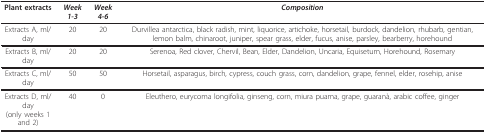
<table><thead><tr><td><b>Plant extracts</b></td><td><b><i>Week 1-3</i></b></td><td><b><i>Week 4-6</i></b></td><td><b><i>Composition</i></b></td></tr></thead><tbody><tr><td>Extracts A, ml/day</td><td>20</td><td>20</td><td>Durvillea antarctica, black radish, mint, liquorice, artichoke, horsetail, burdock, dandelion, rhubarb, gentian, lemon balm, chinaroot, juniper, spear grass, elder, fucus, anise, parsley, bearberry, horehound</td></tr><tr><td>Extracts B, ml/day</td><td>20</td><td>20</td><td>Serenoa, Red clover, Chervil, Bean, Elder, Dandelion, Uncaria, Equisetum, Horehound, Rosemary</td></tr><tr><td>Extracts C, ml/day</td><td>50</td><td>50</td><td>Horsetail, asparagus, birch, cypress, couch grass, corn, dandelion, grape, fennel, elder, rosehip, anise</td></tr><tr><td>Extracts D, ml/day(only weeks 1 and 2)</td><td>40</td><td>0</td><td>Eleuthero, eurycoma longifolia, ginseng, corn, miura puama, grape, guaranà, arabic coffee, ginger</td></tr></tbody></table>